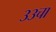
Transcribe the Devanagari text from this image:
३३चा